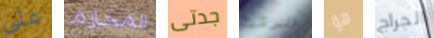
على المحارم جدتى البرقية هو الجراج